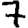
Digit: 7